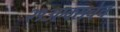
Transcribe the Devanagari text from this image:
२१३एक्सचेच